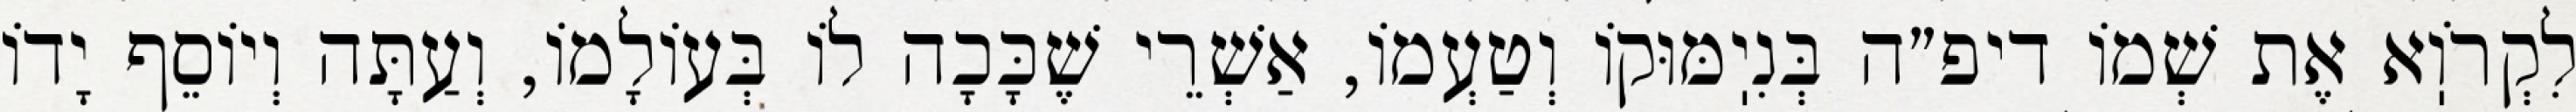
לִקְרֹוֽא אֶת שְׁמוֹ דיפ״ה בְּנִיֽמּוּקוֹ וְטַעְמוֹ, אַשְׁרֵי שֶׁכָּכָה לוֹ בְּעוֹלָמוֹ, וְעַתָּה וְיוֹסֵף יָדוֹ